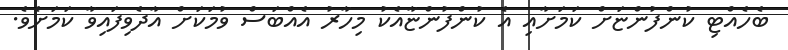
ބެހެއްޓި ކުންފުންޏަށް ކަމަށާއި އެ ކުންފުންޏާއެކު މިހާރު އެއްބަސް ވުމަކަށް އާދެވިފައިވާ ކަމަށެވެ.